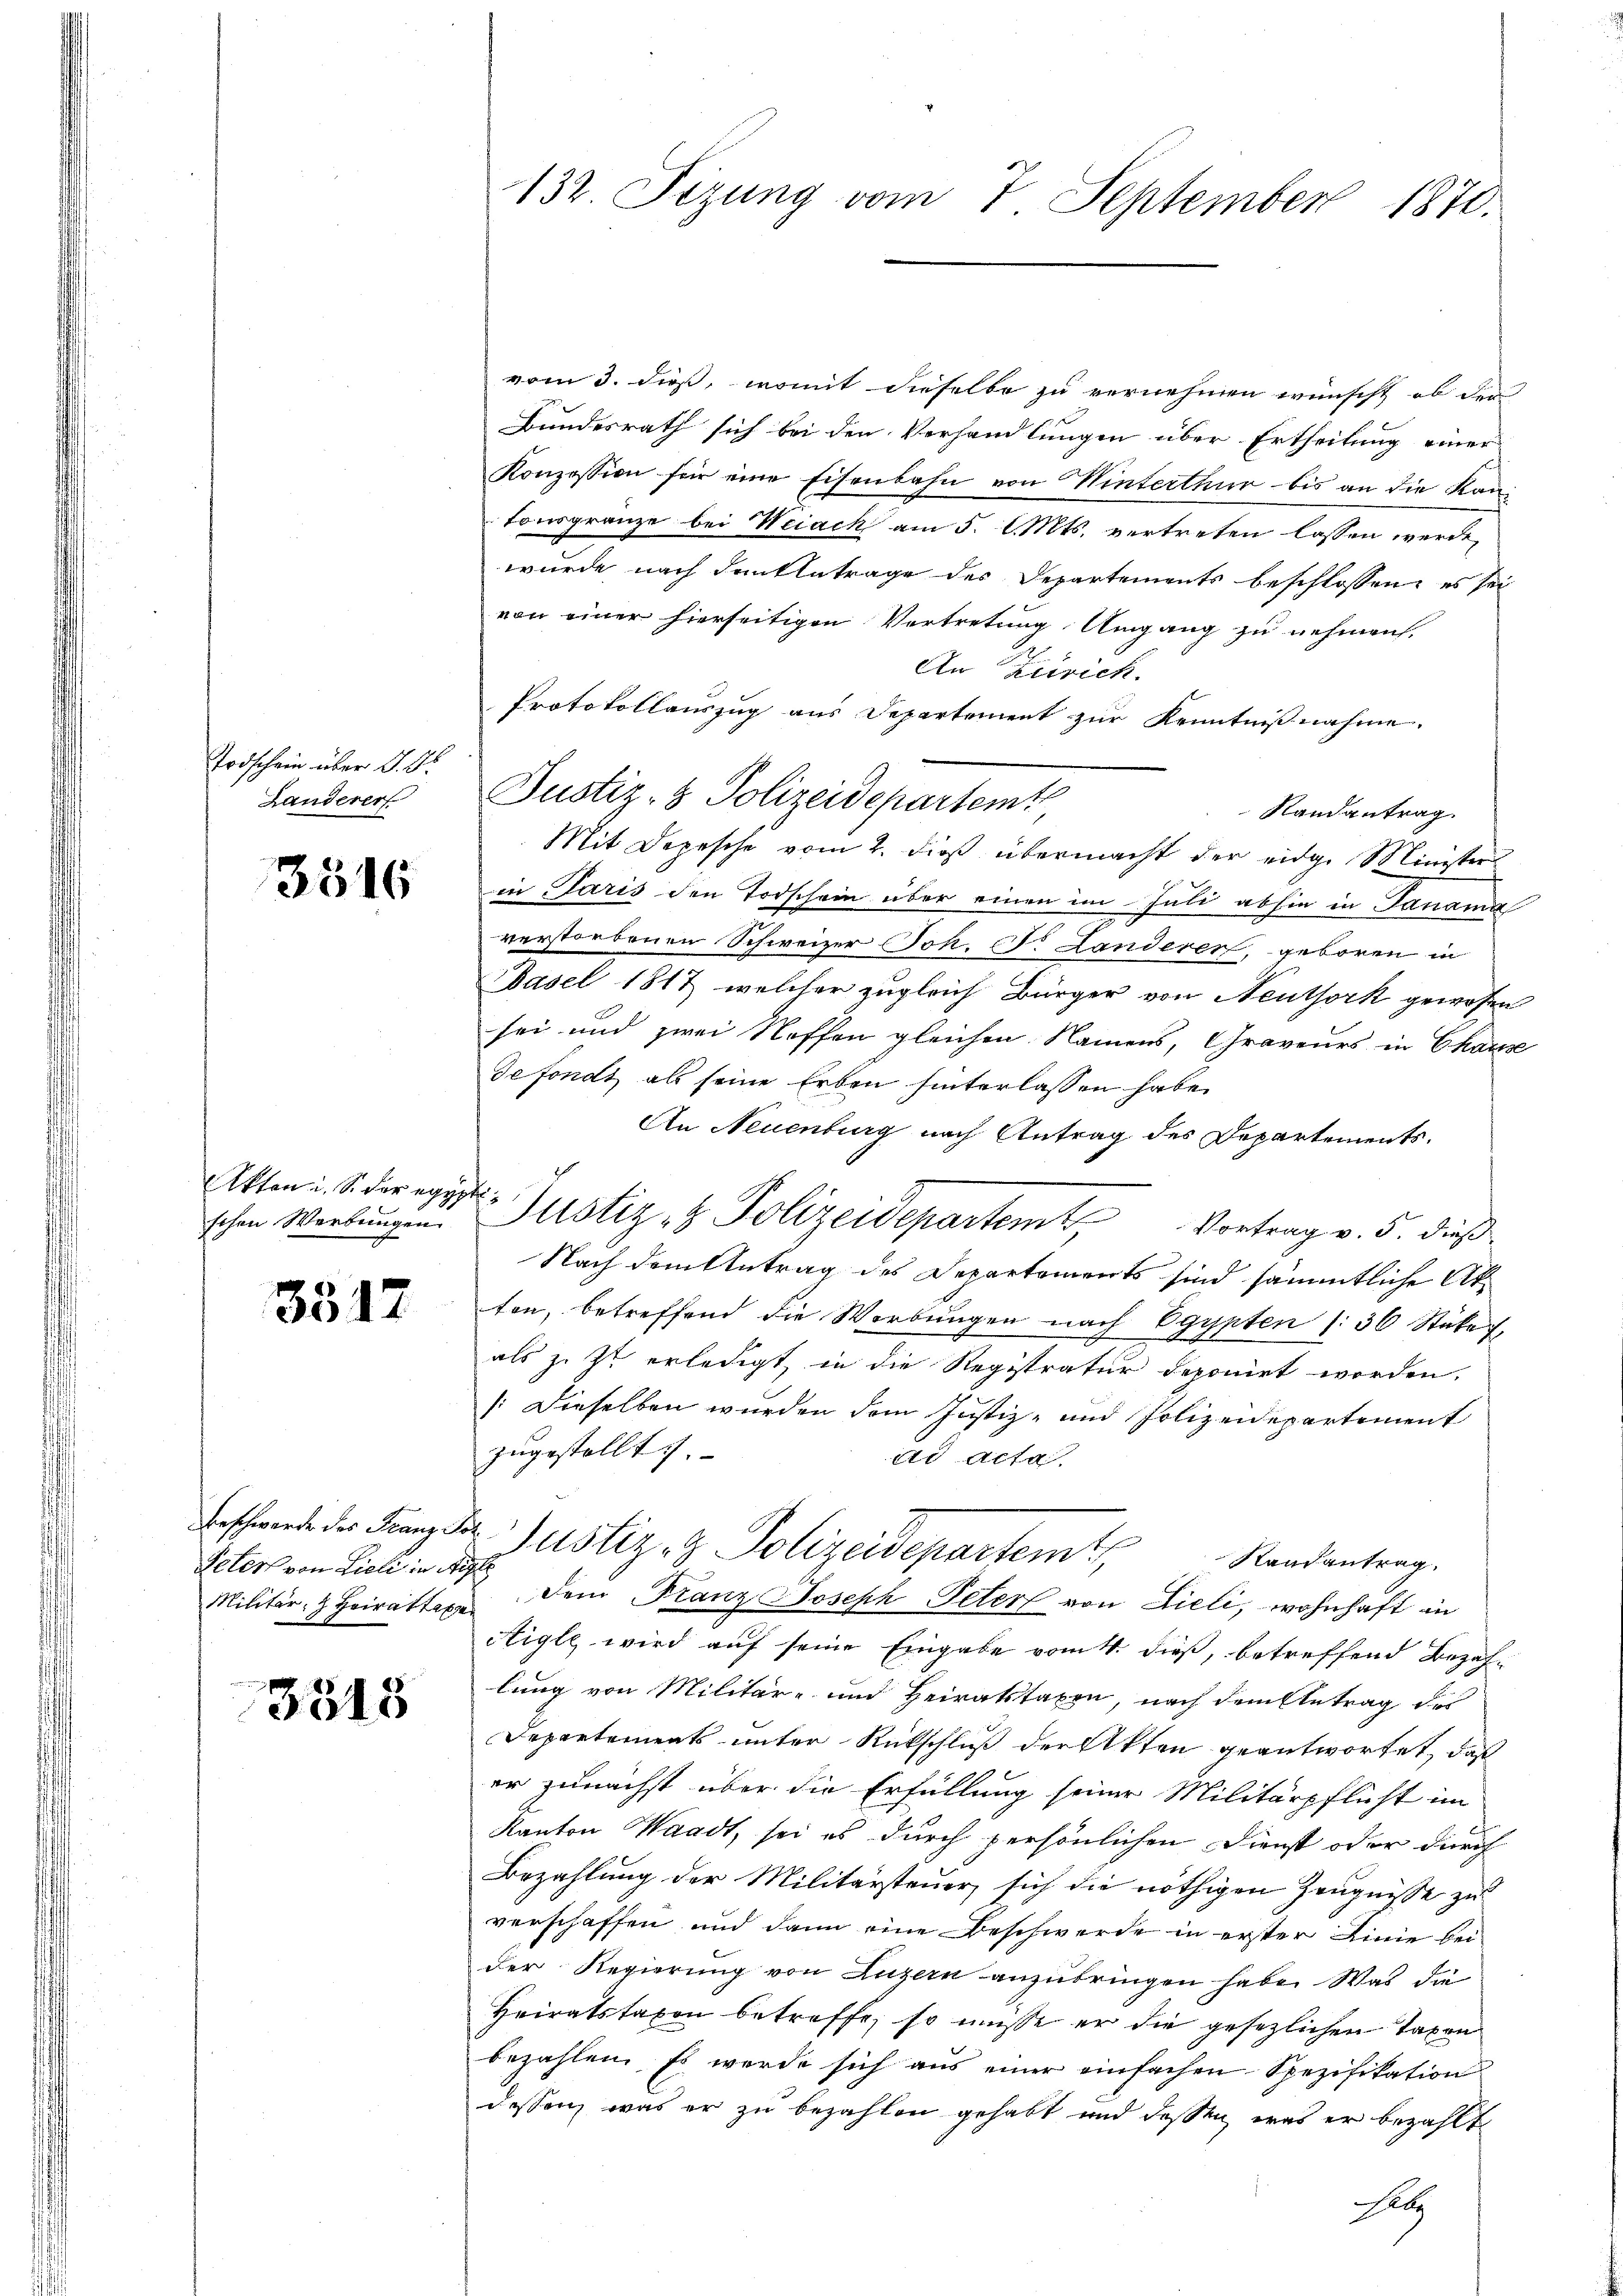
Todschein über d. d.
Landerer

3516

Akten u. S. der ei
schen Werbungen

3517

Pelers von Lieli in Aigle
Militär, Heirattax

3518

132 Fizung vom 7. September 1870.

vom 3. dieß, womit dieselbe zu vernehmen wünscht, ob der
Bundesrath sich bei den Verhandlungen über Ertheilung einer
Konzession für eine Eisenbahn von Hinterthur bis an die Kantonsgränze bei Weiach am 5. l. Mts. vertreten lassen werde,
wurde nach dankbetrage des Departements beschlossen, es sei
von einer hierseitigen Vertretung Umgang zu nehmen.
An Zürich.
Protokollauszug aus Departement zur Kenntnißnahme.
Randantrag.
Mit Depesche vom 2. dieß übermacht der eidge Minister
in Paris den Todschein über einen im Juli abhin in Janama
verstorbenen Schweizer Joh. d. Landerer, geboren in
Basel 1817, welcher zugleich Bürger von Neuthork gewesen
sei und zwei Neffen gleichen Namens, Graveurs in Chause
defonds als seine Erben hinterlassen habe.
An Neuenburg nach Antrag des Departements.
d Justiz- & Polizeidepartem Vortrag v. 5. dieß
Nach dem Antrag des Departements sind sämmtliche Atten, betreffend die Werbungen nach Egypten (:36 Stüke f
als zu zu erledigt in die Registratur deponirt worden.
(Dieselben wurden dem Justiz- und Polizeidepartement
zugestellt.
ad Acta
Gefchwande der Franz der Justiz- & Polizeidepartemt
Randantrag.
Dem Franz Joseph Peter von Lieli, wohnhaft in
Aigle, wird auf seine Eingabe vom 4. dieß, betreffend Bezahlung von Militär- und Heiratstaxen, nach dem Antrag des
Departements unter Rutschluß der Akten geantwortet, daß
er zunächst über die Erfüllung seiner Militärpflicht im
Kanton Waadt, sei es durch persönlichen Dienst oder durch
Bezahlung der Militärsteuer, sich die nöthigen Zeugnisse zu
verschaffen und dann eine Beschwerde in erster Linie bei
der Regierung von Luzern anzubringen habe. Was die
Heiratstaxen betreffe, so müsse er die gesezlichen Taxen
bezahlen, es werde sich aus einer einfachen Spezifikation
dessen, was er zu bezahlen gehabt und dassen, was er bezahlt
Palz

Justiz- & Polizeidepartemt